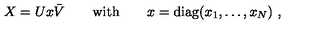
X = U x \bar { V } \qquad \mathrm { w i t h } \qquad x = \mathrm { d i a g } ( x _ { 1 } , \ldots , x _ { N } ) \ ,